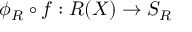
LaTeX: \phi _ { R } \circ f : R ( X ) \rightarrow S _ { R }